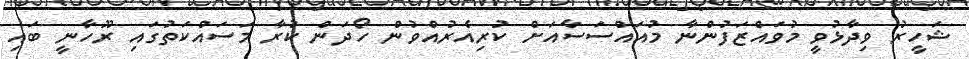
ޝަހީރު ވިދާޅުވީ މުވައްޒަފުންނާ މުއައްސަސާއަށް ކުރިއެރުއްވުން ހޯދަން ކުރާ މަސައްކަތުގައި ރޫހާނީ ބައި